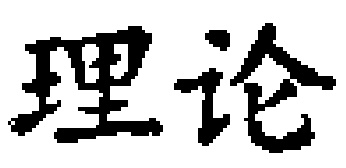
理论